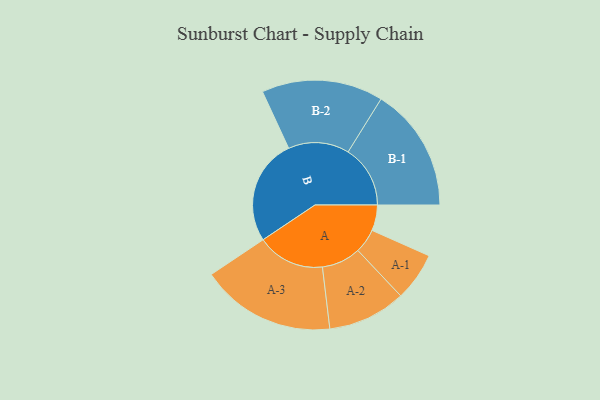
{"axis": {"x": "Segment", "y": "Value"}, "legend": ["", "A", "B"], "data": [{"x": "A", "y": 111, "type": ""}, {"x": "B", "y": 458, "type": ""}, {"x": "A-1", "y": 105, "type": "A"}, {"x": "A-2", "y": 169, "type": "A"}, {"x": "A-3", "y": 292, "type": "A"}, {"x": "B-1", "y": 269, "type": "B"}, {"x": "B-2", "y": 263, "type": "B"}]}